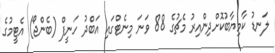
ލަނޑު ކާމިޔާބުކޮށްދިންއިރު މެޗުގެ 88 ވަނަ މިނެޓްގައި އަބްދު ހަނީފް (ބެންޖޯ) އެޓީމުގެ